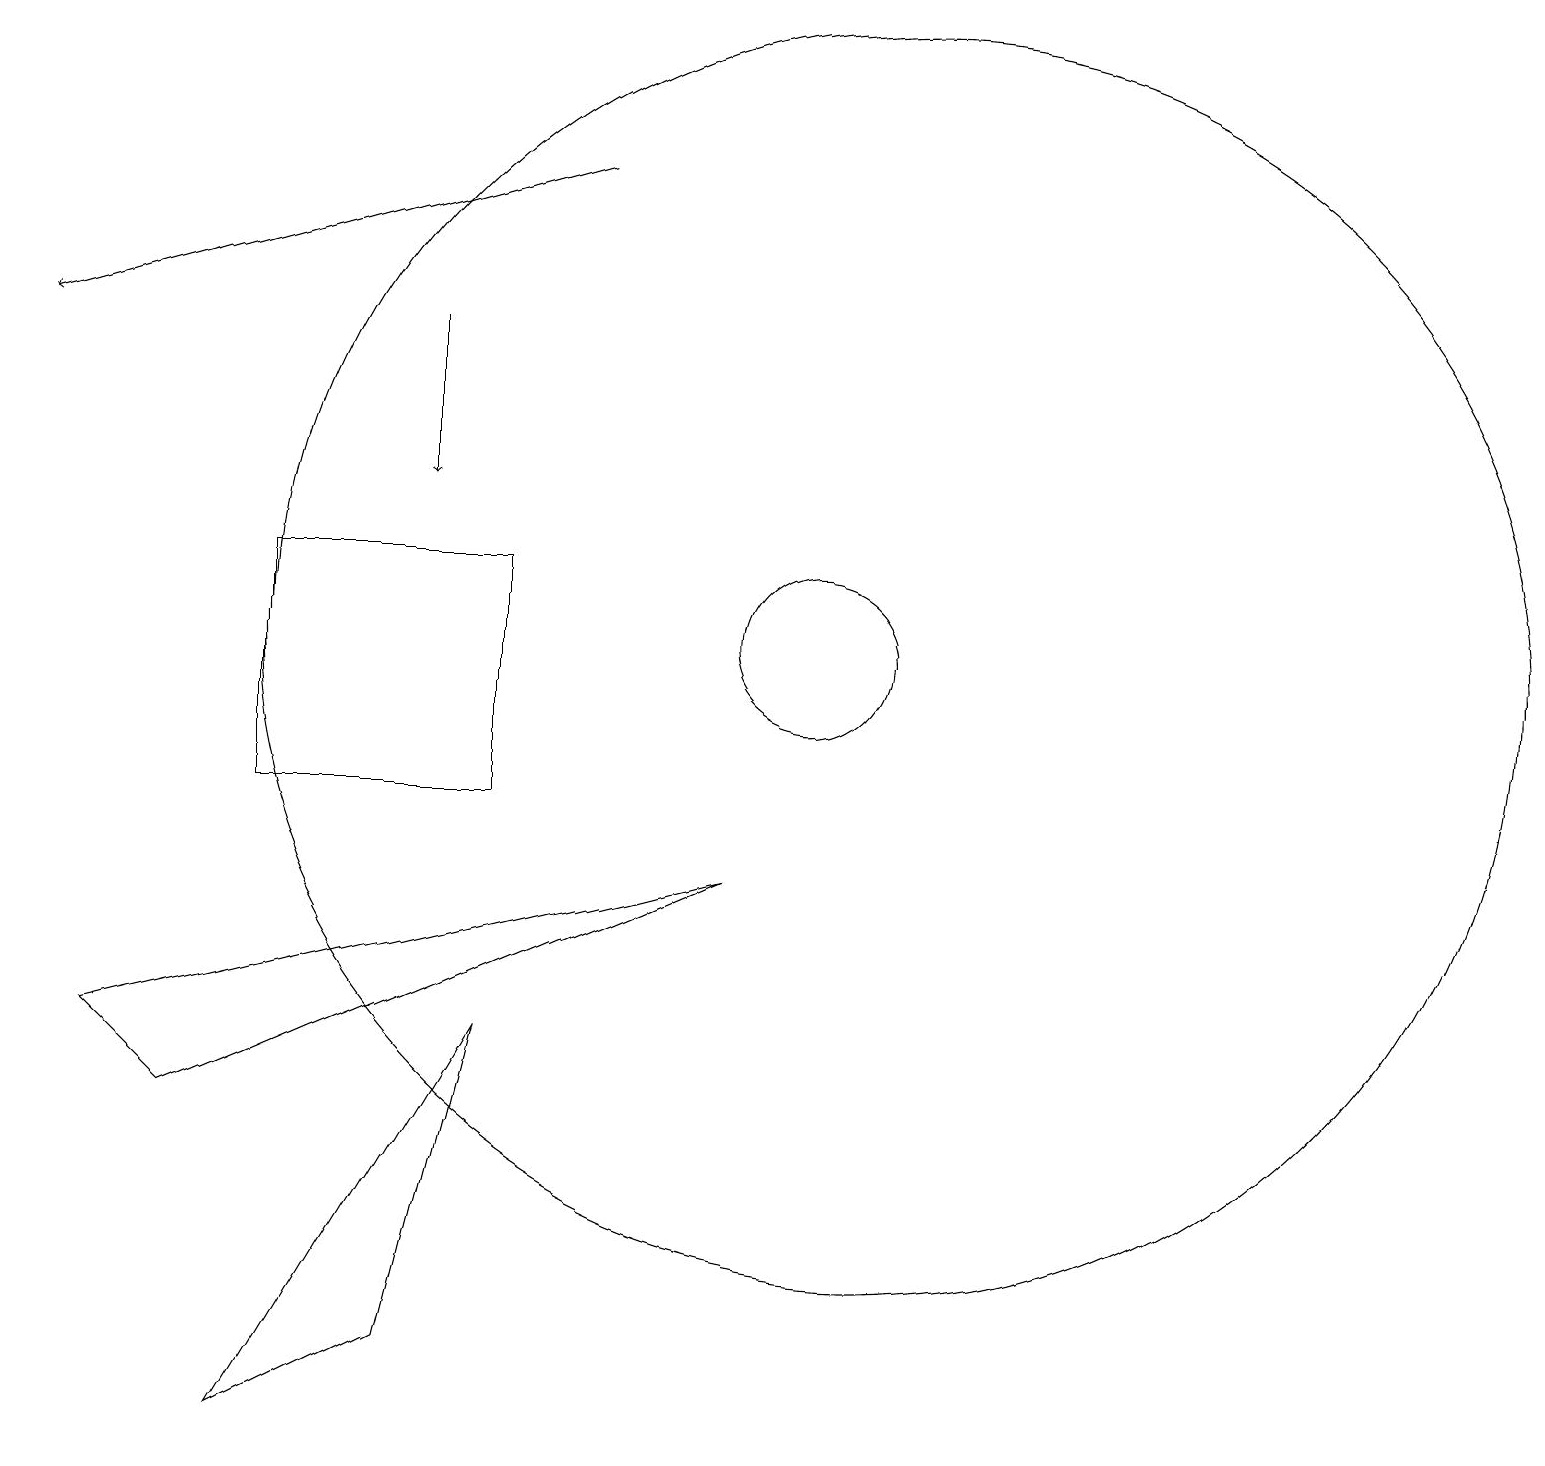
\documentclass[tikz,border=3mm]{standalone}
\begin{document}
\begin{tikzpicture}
\draw[->] (7,18) -- (0,16);
\draw[->] (5,16) -- (5,14);
\draw (11,12) circle (8);
\draw (3,2) -- (6,7) -- (5,3) -- cycle;
\draw (9,9) -- (1,7) -- (2,6) -- cycle;
\draw (6,10) rectangle (3,13);
\draw (10,12) circle (1);
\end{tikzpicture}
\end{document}